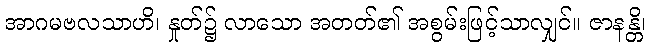
အာဂမဗလသာဟိ၊ နှုတ်၌ လာသော အတတ်၏ အစွမ်းဖြင့်သာလျှင်။ ဇာနန္တိ၊